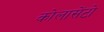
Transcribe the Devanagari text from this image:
कोलासेंटो